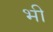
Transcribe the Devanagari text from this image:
भ्‍ाी